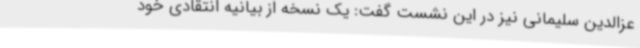
عزالدین سلیمانی نیز در این نشست گفت: یک نسخه از بیانیه انتقادی خود